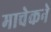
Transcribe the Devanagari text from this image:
माचेकने